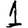
Digit: 1